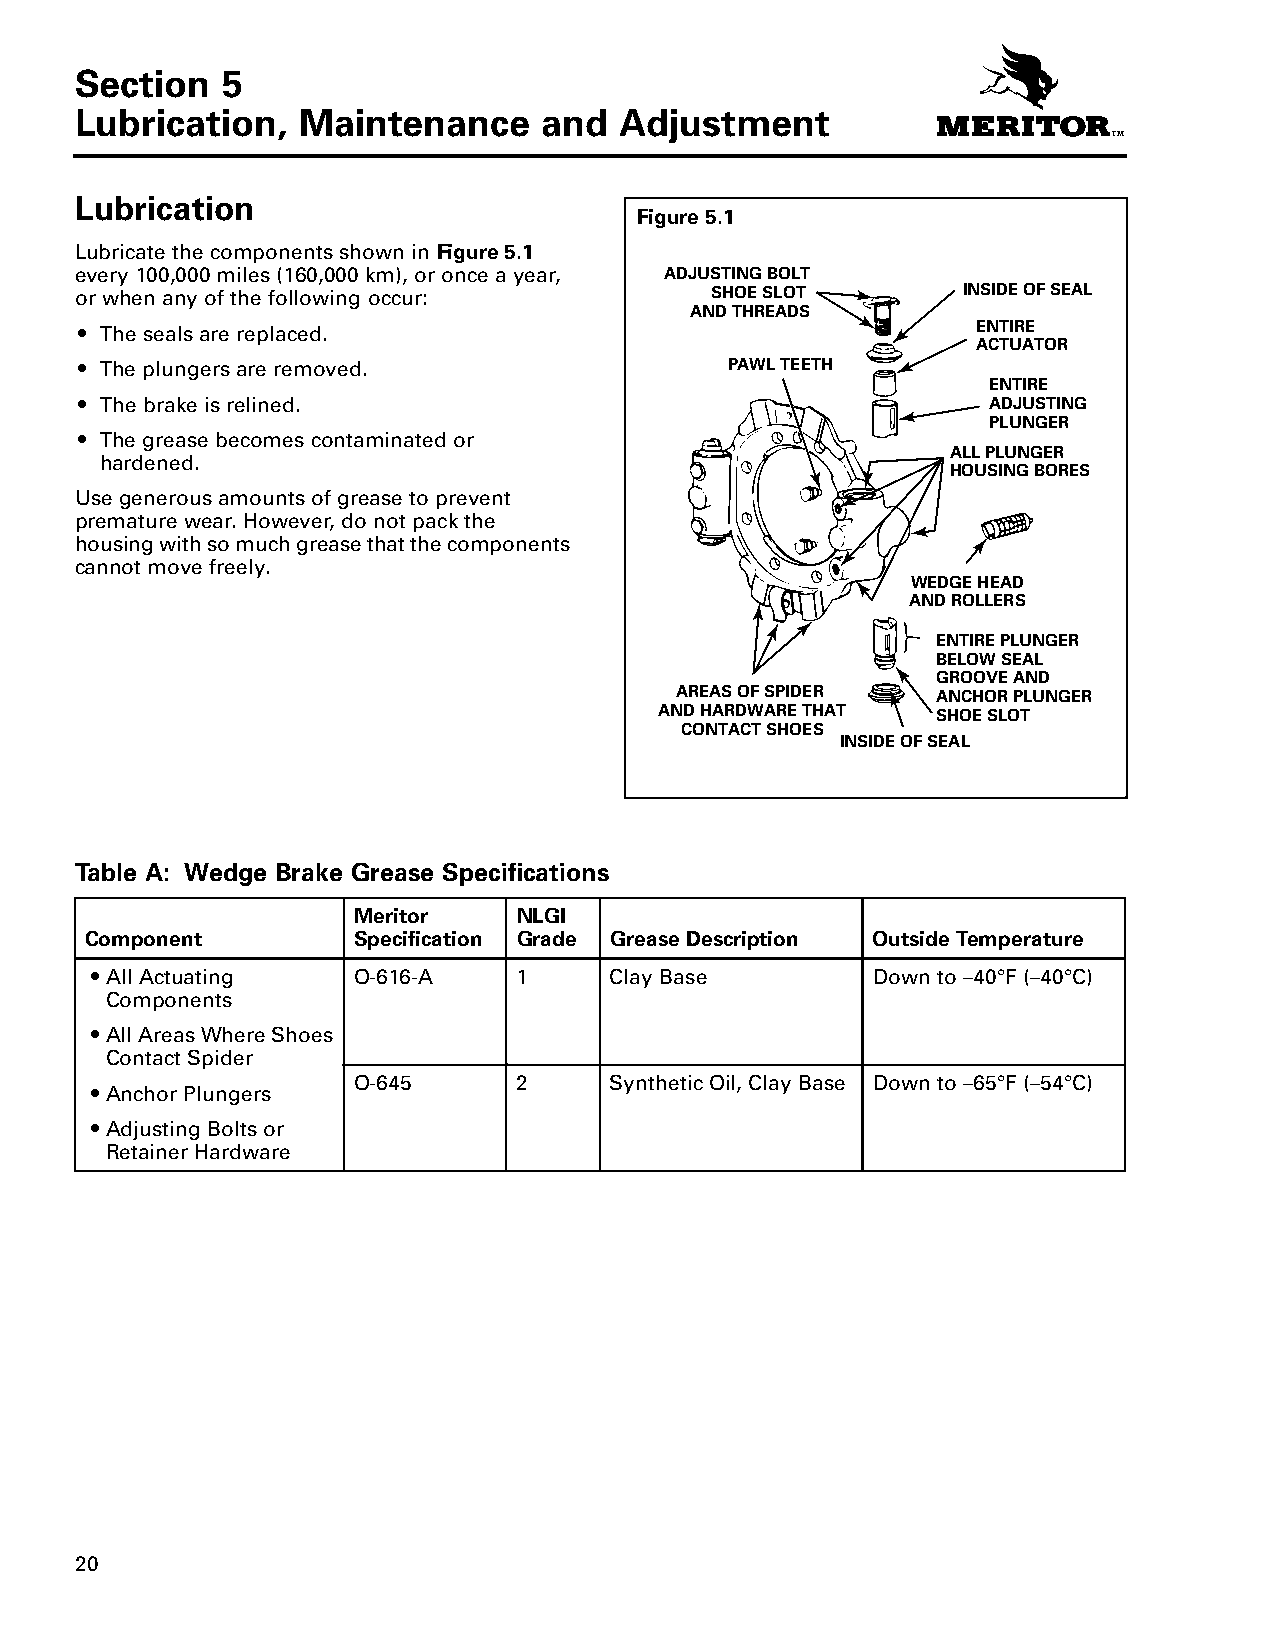
Section   5
 Lubrication,   Maintenance     and  Adjustment
 LSLeucbturiiocna tb5ion,r Miaicnteanantce ianod Andjustment
 Figure 5.1
 Lubricate the components shown in Figure 5.1
 every 100,000 miles (160,000 km), or once a year, ADJUSTING BOLT
 or when any of the following occur:       SHOE SLOT        INSIDE OF SEAL
 AND THREADS
 r The seals are replaced.                                   ENTIRE
 ACTUATOR
 r The plungers are removed.                PAWL TEETH
 ENTIRE
 r The brake is relined.                                     ADJUSTING
 PLUNGER
 r The grease becomes contaminated or
 ALL PLUNGER
 hardened.
 HOUSING BORES
 Use generous amounts of grease to prevent
 premature wear. However, do not pack the
 housing with so much grease that the components
 cannot move freely.
 WEDGE HEAD
 AND ROLLERS
 ENTIRE PLUNGER
 BELOW SEAL
 GROOVE AND
 AREAS OF SPIDER  ANCHOR PLUNGER
 AND HARDWARE THAT SHOE SLOT
 CONTACT SHOES
 INSIDE OF SEAL
 Table A: Wedge Brake Grease Specifications
 Meritor    NLGI
 Component        Specification Grade Grease Description Outside Temperature
 rAll Actuating   O-616-A    1     Clay Base         Down to –40°F (–40°C)
 Components
 rAll Areas Where Shoes
 Contact Spider
 O-645      2     Synthetic Oil, Clay Base Down to –65°F (–54°C)
 rAnchor Plungers
 rAdjusting Bolts or
 Retainer Hardware
 20